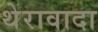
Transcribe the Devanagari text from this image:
थेरावादा